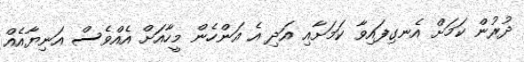
ދުރުން ކަމަށް އެނގިފައިވާ ކަމަށާއި އަދި އެ އަންހެން މީހާއަށް އެއްވެސް އަނިޔާއެއް